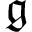
\, { \mathfrak { g } }